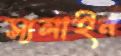
স্যলাইন